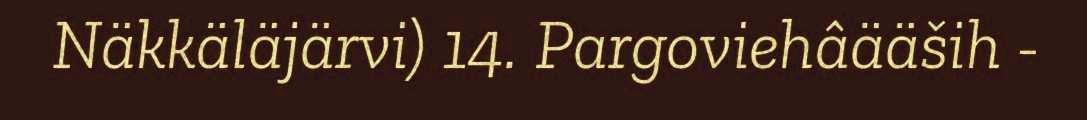
Näkkäläjärvi) 14. Pargoviehâääših -